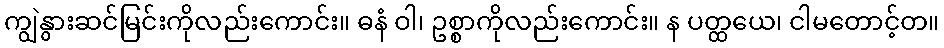
ကျွဲနွားဆင်မြင်းကိုလည်းကောင်း။ ဓနံ ဝါ၊ ဥစ္စာကိုလည်းကောင်း။ န ပတ္ထယေ၊ ငါမတောင့်တ။